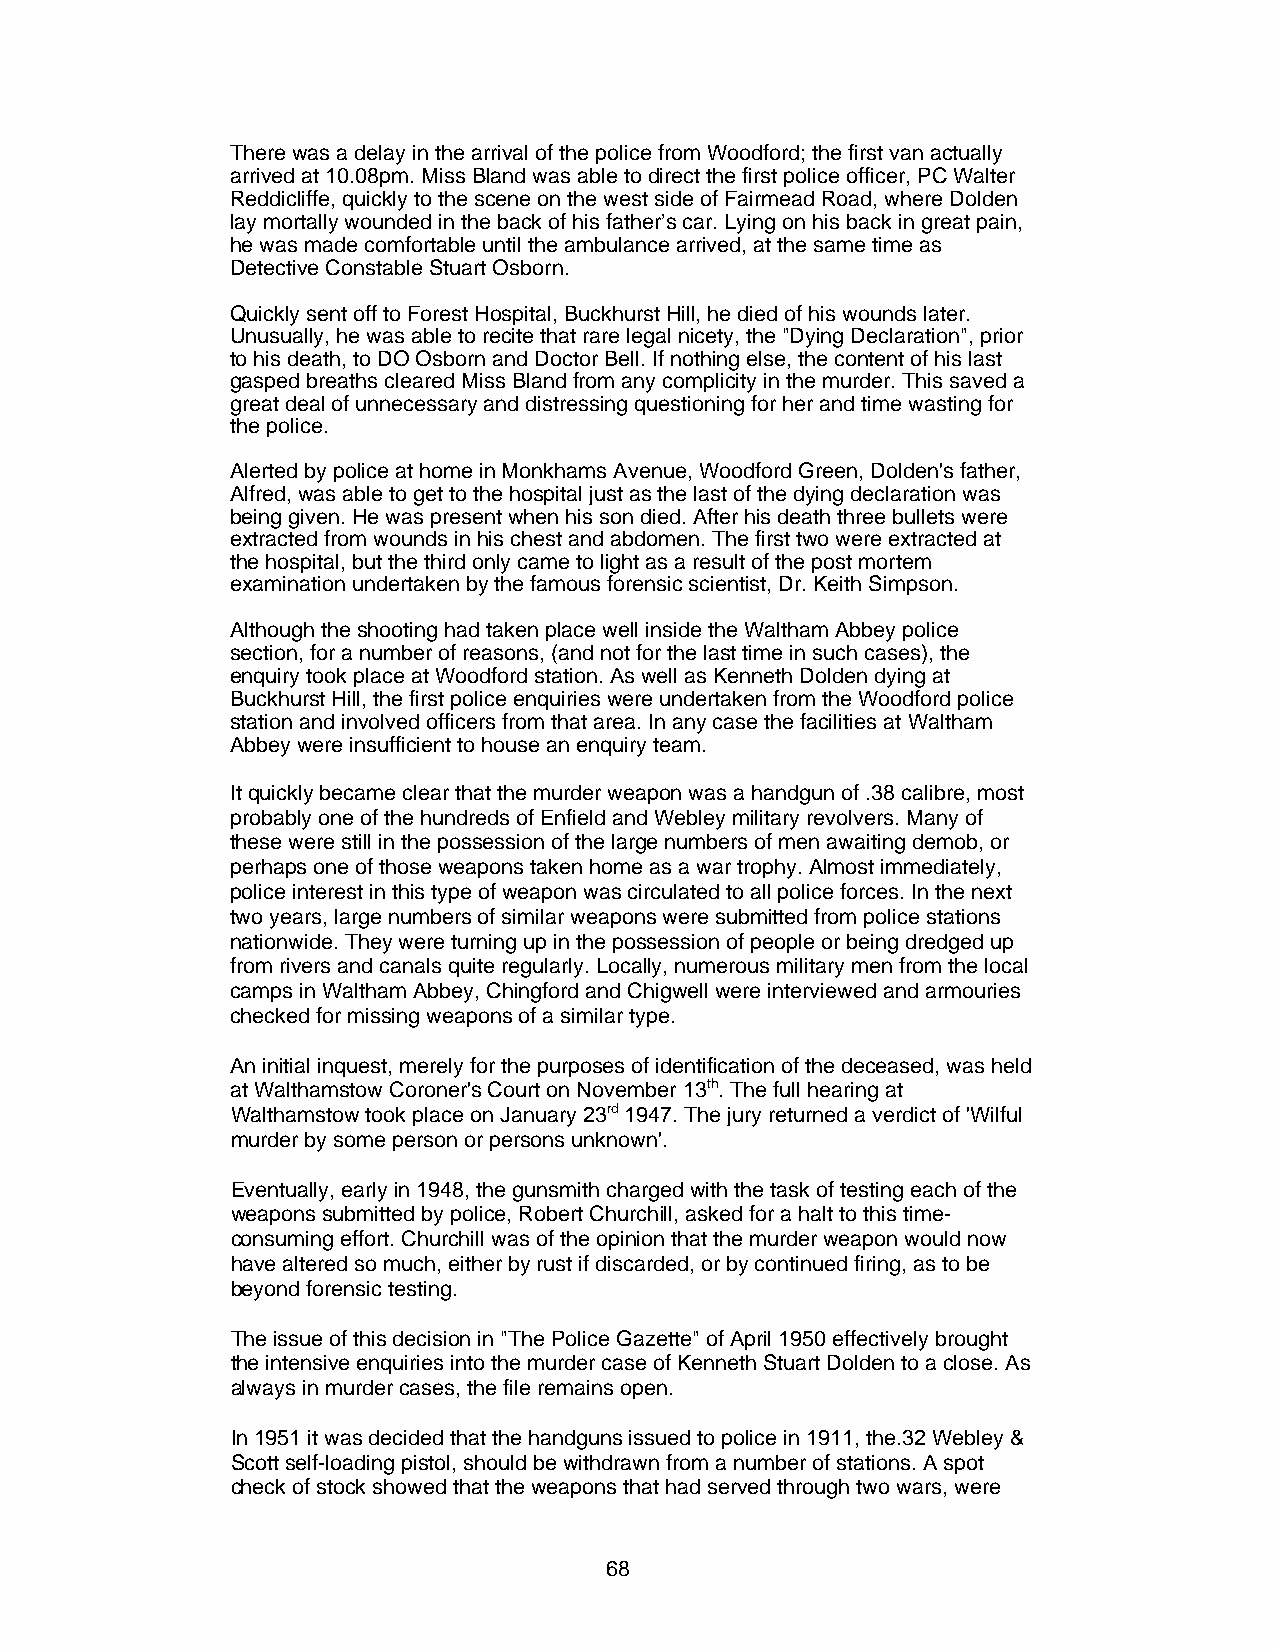
There was a delay in the arrival of the police from Woodford; the first van actually
 arrived at 10.08pm. Miss Bland was able to direct the first police officer, PC Walter
 Reddicliffe, quickly to the scene on the west side of Fairmead Road, where Dolden
 lay mortally wounded in the back of his father’s car. Lying on his back in great pain,
 he was made comfortable until the ambulance arrived, at the same time as
 Detective Constable Stuart Osborn.
 Quickly sent off to Forest Hospital, Buckhurst Hill, he died of his wounds later.
 Unusually, he was able to recite that rare legal nicety, the "Dying Declaration", prior
 to his death, to DO Osborn and Doctor Bell. If nothing else, the content of his last
 gasped breaths cleared Miss Bland from any complicity in the murder. This saved a
 great deal of unnecessary and distressing questioning for her and time wasting for
 the police.
 Alerted by police at home in Monkhams Avenue, Woodford Green, Dolden's father,
 Alfred, was able to get to the hospital just as the last of the dying declaration was
 being given. He was present when his son died. After his death three bullets were
 extracted from wounds in his chest and abdomen. The first two were extracted at
 the hospital, but the third only came to light as a result of the post mortem
 examination undertaken by the famous forensic scientist, Dr. Keith Simpson.
 Although the shooting had taken place well inside the Waltham Abbey police
 section, for a number of reasons, (and not for the last time in such cases), the
 enquiry took place at Woodford station. As well as Kenneth Dolden dying at
 Buckhurst Hill, the first police enquiries were undertaken from the Woodford police
 station and involved officers from that area. In any case the facilities at Waltham
 Abbey were insufficient to house an enquiry team.
 It quickly became clear that the murder weapon was a handgun of .38 calibre, most
 probably one of the hundreds of Enfield and Webley military revolvers. Many of
 these were still in the possession of the large numbers of men awaiting demob, or
 perhaps one of those weapons taken home as a war trophy. Almost immediately,
 police interest in this type of weapon was circulated to all police forces. In the next
 two years, large numbers of similar weapons were submitted from police stations
 nationwide. They were turning up in the possession of people or being dredged up
 from rivers and canals quite regularly. Locally, numerous military men from the local
 camps in Waltham Abbey, Chingford and Chigwell were interviewed and armouries
 checked for missing weapons of a similar type.
 An initial inquest, merely for the purposes of identification of the deceased, was held
 at Walthamstow Coroner's Court on November 13th. The full hearing at
 Walthamstow took place on January 23rd 1947. The jury returned a verdict of 'Wilful
 murder by some person or persons unknown'.
 Eventually, early in 1948, the gunsmith charged with the task of testing each of the
 weapons submitted by police, Robert Churchill, asked for a halt to this time-
 consuming effort. Churchill was of the opinion that the murder weapon would now
 have altered so much, either by rust if discarded, or by continued firing, as to be
 beyond forensic testing.
 The issue of this decision in "The Police Gazette" of April 1950 effectively brought
 the intensive enquiries into the murder case of Kenneth Stuart Dolden to a close. As
 always in murder cases, the file remains open.
 In 1951 it was decided that the handguns issued to police in 1911, the.32 Webley &
 Scott self-loading pistol, should be withdrawn from a number of stations. A spot
 check of stock showed that the weapons that had served through two wars, were
 68